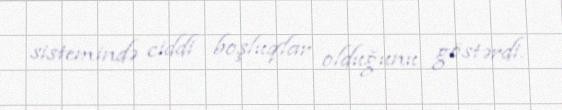
sistemində ciddi boşluqlar olduğunu göstərdi.